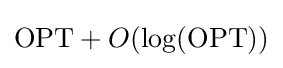
\mathrm {OPT} +O(\log(\mathrm {OPT} ))